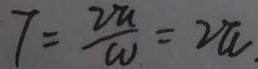
7 = \frac { 2 \pi } { w } = 2 \pi .